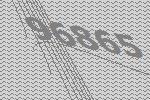
96865